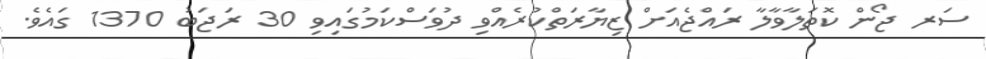
ސަރ ޖޯން ކޮތަލާވާލާ ރައްޖެއަށް ޒިޔާރަތްކުރެއްވި ދުވަސްކަމުގައިވި 30 ރަޖަބު 1370 ގައެވެ.